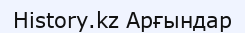
History.kz Арғындар